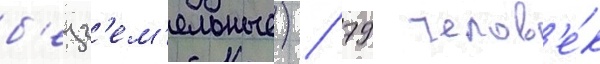
б'езз'ем'ельные) / 79 челов'е́к